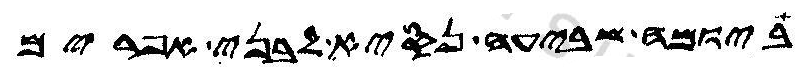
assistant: ביומה שביעה נסיא לבני אפרים